Medical and sanitary report of the native army of Madras for the year
Year: 1872
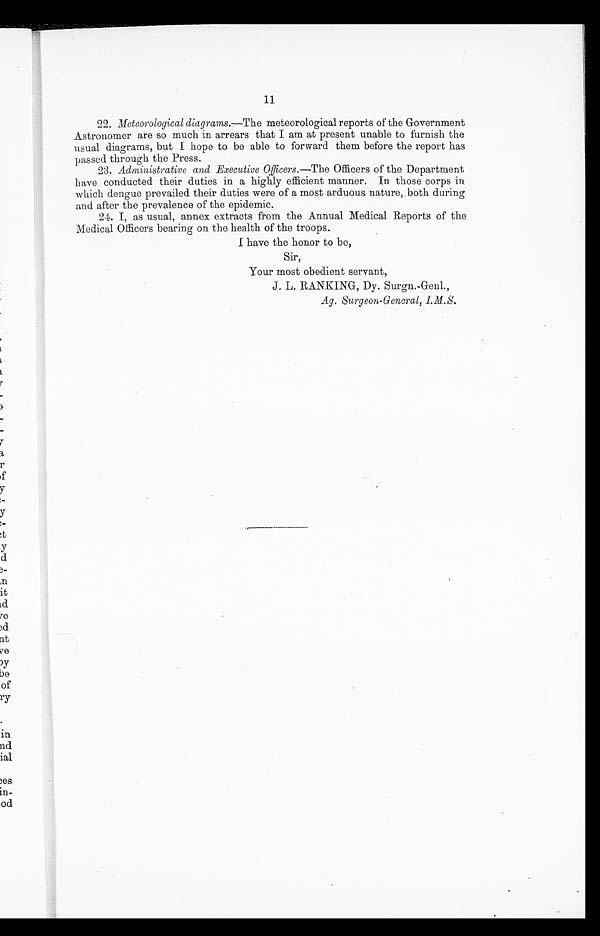
11
22.
Meteorological diagrams .—The meteorological reports of the Government
Astronomer are so much in arrears that I am at present unable to furnish the
usual diagrams, but I hope to be able to forward them before the report has
passed through the Press.
23.
Administrative and Executive 0fficers .—The Officers of the Department
have conducted their duties in a highly efficient manner. In those corps in
which dengue prevailed their duties were of a most arduous nature, both during
and after the prevalence of the epidemic.
24. I, as usual, annex extracts from the Annual Medical Reports of the
Medical Officers bearing on the health of the troops.
I have the honor to be,
Sir,
Your most obedient servant,
J . L. RANKING, Dy. Surgn.-Genl.,
Ag. Surgeon-General, I.M.S.